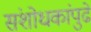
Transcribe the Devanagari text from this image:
संशोधकांपुढे